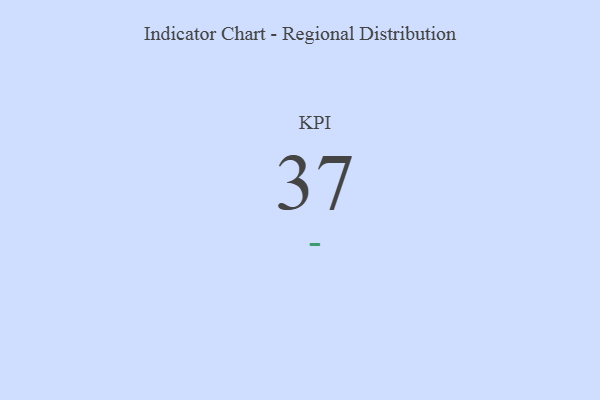
{"axis": {"x": "KPI", "y": "Value"}, "legend": [""], "data": [{"x": "KPI", "y": 37, "type": ""}]}